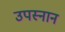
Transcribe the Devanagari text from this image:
उपस्नान